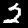
Label: 2